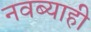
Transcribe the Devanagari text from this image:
नवब्याही